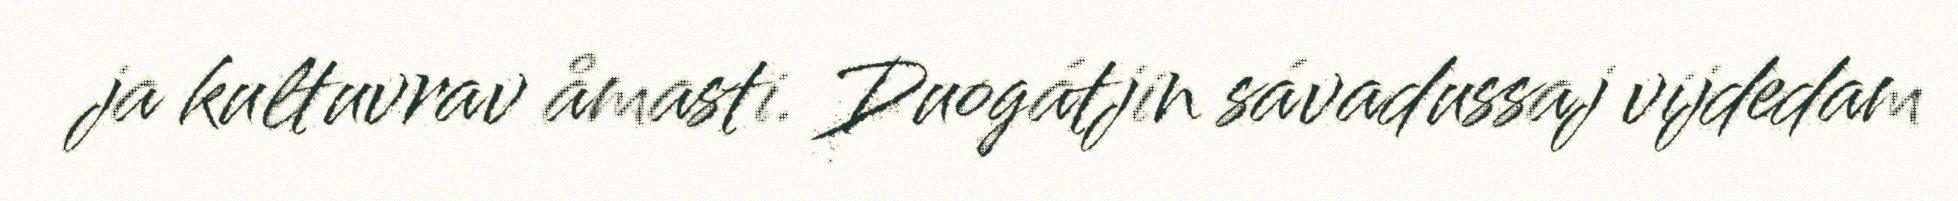
ja kultuvrav åmasti. Duogátjin sávadussaj vijdedam